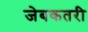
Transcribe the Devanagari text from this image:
जेबकतरी